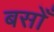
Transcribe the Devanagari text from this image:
बसोँ